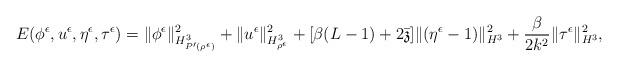
LaTeX: \begin{align*}E(\phi^{\epsilon},u^{\epsilon},\eta^{\epsilon},\tau^{\epsilon})=\|\phi^{\epsilon}\|_{H^3_{P'(\rho^{\epsilon})}}^2+\|u^{\epsilon}\|_{H^3_{\rho^{\epsilon}}}^2+[\beta(L-1)+2\bar{\mathfrak{z}}]\|(\eta^{\epsilon}-1)\|_{H^3}^2+\frac{\beta}{2k^2}\|\tau^{\epsilon}\|_{H^3}^2,\end{align*}